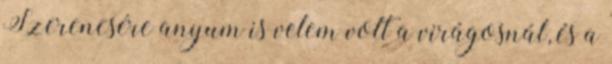
Szerencsére anyum is velem volt a virágosnál, és a